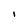
Character: 1